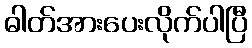
ဓါတ်အားပေးလိုက်ပါပြီ